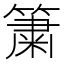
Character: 簘